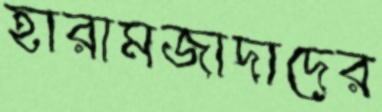
হারামজাদাদের